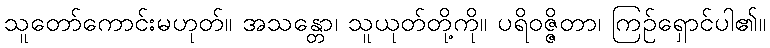
သူတော်ကောင်းမဟုတ်။ အသန္တော၊ သူယုတ်တို့ကို။ ပရိဝဇ္ဇိတာ၊ ကြဉ်ရှောင်ပါ၏။